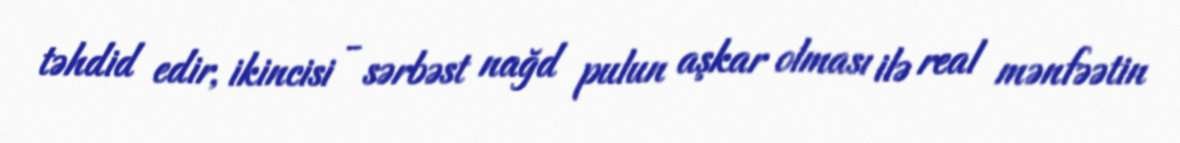
təhdid edir, ikincisi - sərbəst nağd pulun aşkar olması ilə real mənfəətin